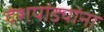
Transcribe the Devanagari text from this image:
देशपांड्यांना